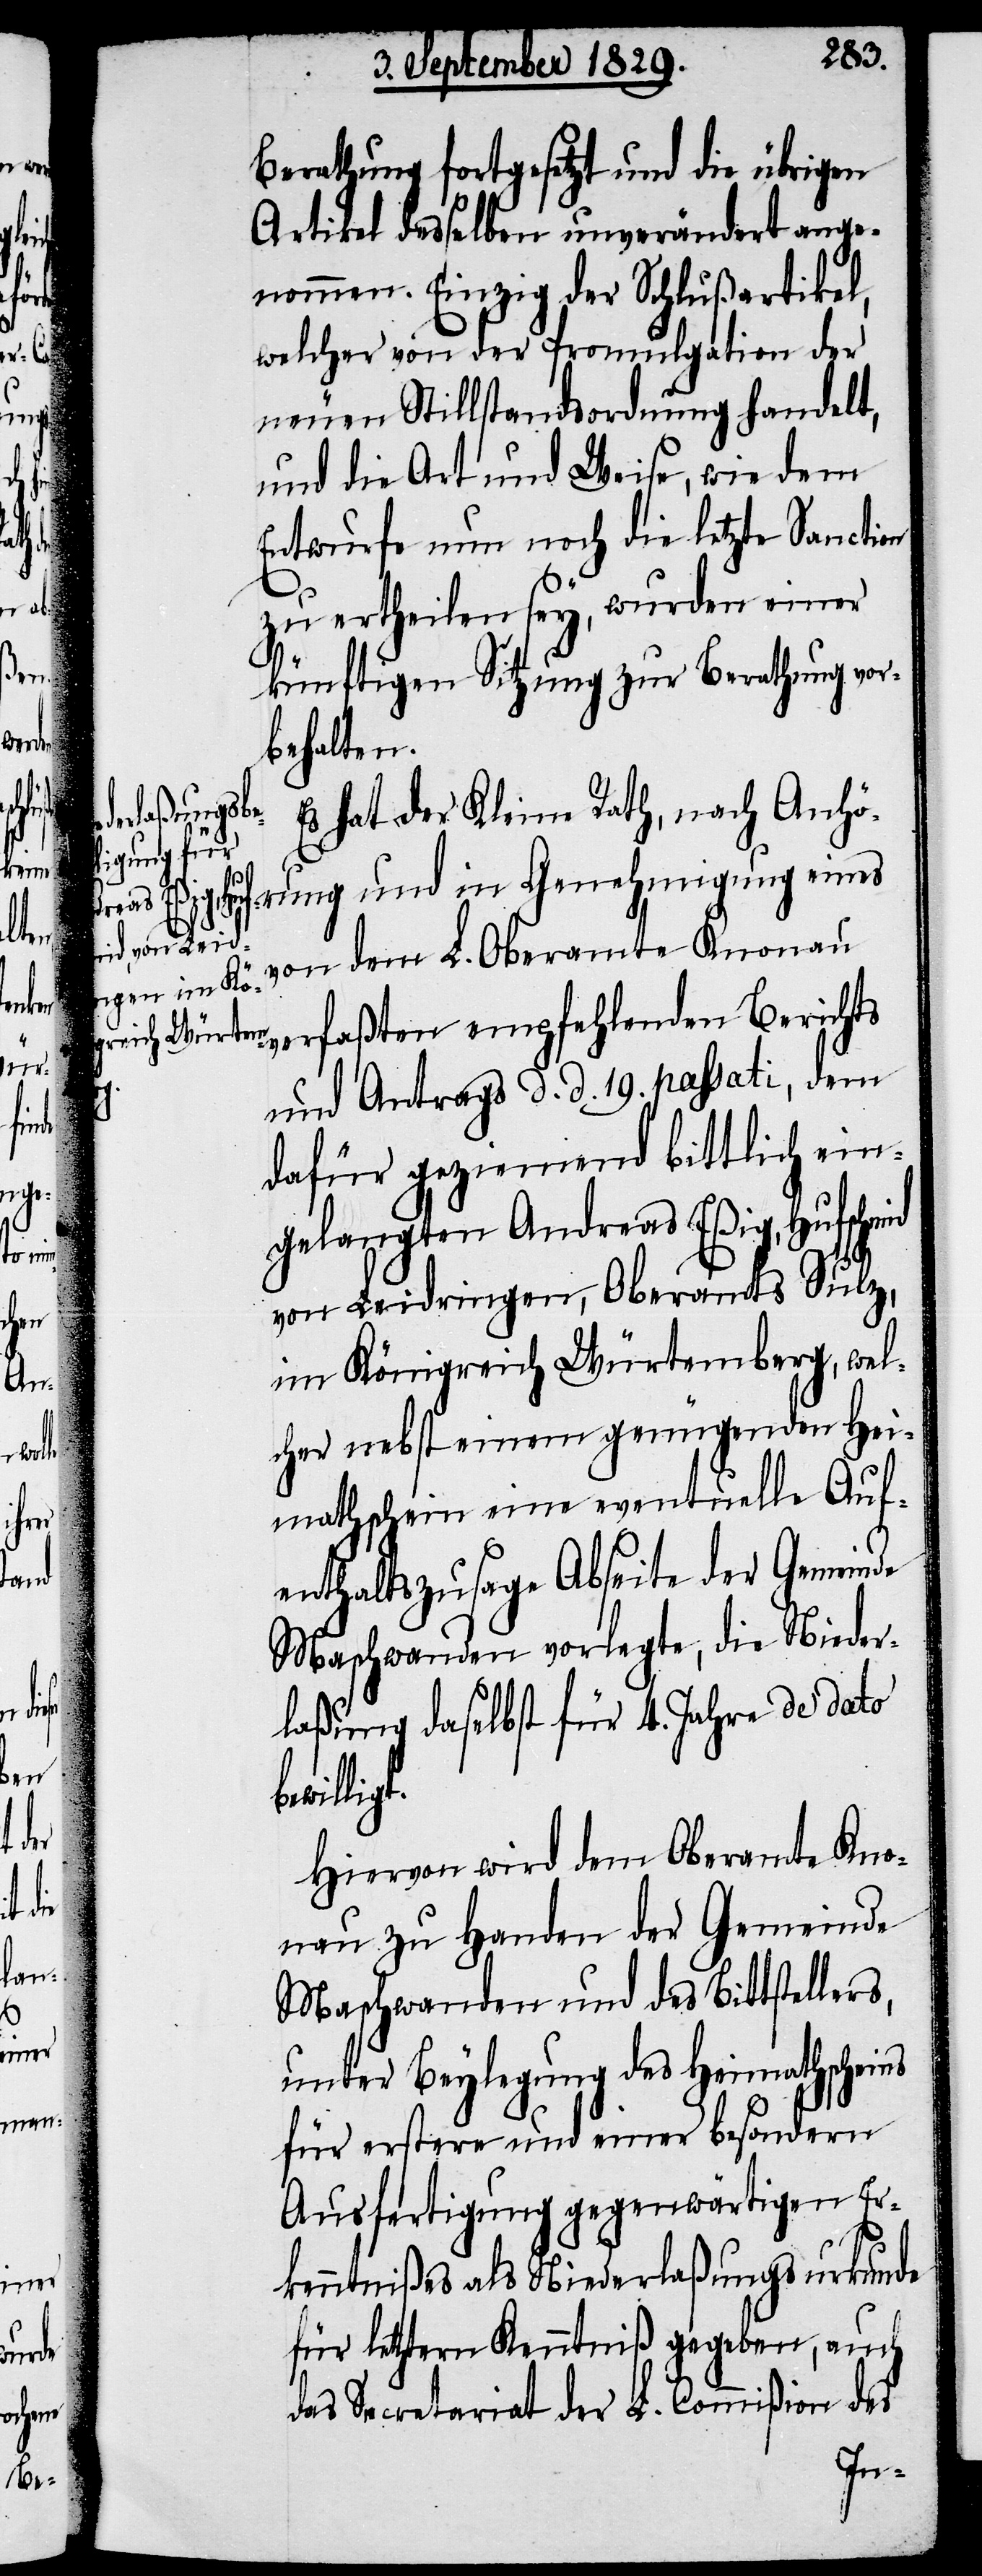
be¬

Berathung fortgesetzt und die übrigen
Artikel desselben unverändert ange¬
nommen. Einzig der Schlußartikel,
welcher von der Promulgation der
neuen Stillstandsordnung handelt,
und die Art und Weise, wie dem
Entwurfe nun noch die letzte Sanction
zu ertheilen sey, wurden einer
künftigen Sitzung zur Berathung vor¬
behalten.
Es hat der Kleine Rath, nach Anhö¬
rung und in Genehmigung eines
von dem L. Oberamte Knonau
verfaßten empfehlenden Bericht
und Antrags d. d. 19. passati, dem
dafür geziemend bittlich ein¬
gelangten Andreas Eßig, Hufschmid
von Leidringen, Oberamts Sulz,
im Königreich Würtemberg, wel¬
cher nebst einem genügenden Hei¬
mathschein eine eventuelle Auf¬
enthaltszusage Abseite der Gemeinde
Maschwanden vorlegte, die Nieder¬
laßung daselbst für 4. Jahre de dato
willigt.
Hiervon wird dem Oberamte Kno¬
nau zu Handen der Gemeinde
Maschwanden und des Bittstellers,
unter Beylegung des Heimathscheins
für erstere und einer besondern
Ausfertigung gegenwärtigen Er¬
kenntnißes als Niederlaßungsurkunde
für letztern Kenntniß gegeben, auch
das Secretariat der L. Commißion des